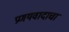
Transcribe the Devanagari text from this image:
प्रणयवादाचा